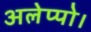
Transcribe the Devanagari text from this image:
अलेप्पो।